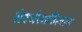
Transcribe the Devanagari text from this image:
संदर्भसाहित्याने